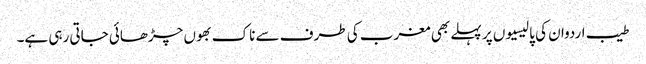
طیب اردوان کی پالیسیوں پر پہلے بھی مغرب کی طرف سے ناک بھوں چڑھائی جاتی رہی ہے۔